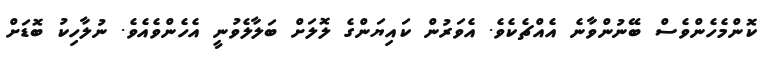
ކޮންމެހެންވެސް ބޭނުންވާނެ އެއްޗެކެވެ. އެވަރުން ކައިޔަންގެ ލޮލަށް ބަލާލެވުނީ އެހެންވެއެވެ. ނުލާހިކު ބޮޑަށް